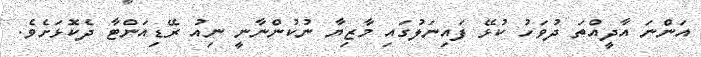
އަންނަ އާދީއްތަ ދުވަހު ކުޅޭ ފައިނަލުގައި މާޒިޔާ ނުކުންނާނީ ނިއު ރޭޑިއަންޓާ ދެކޮޅަށެވެ.